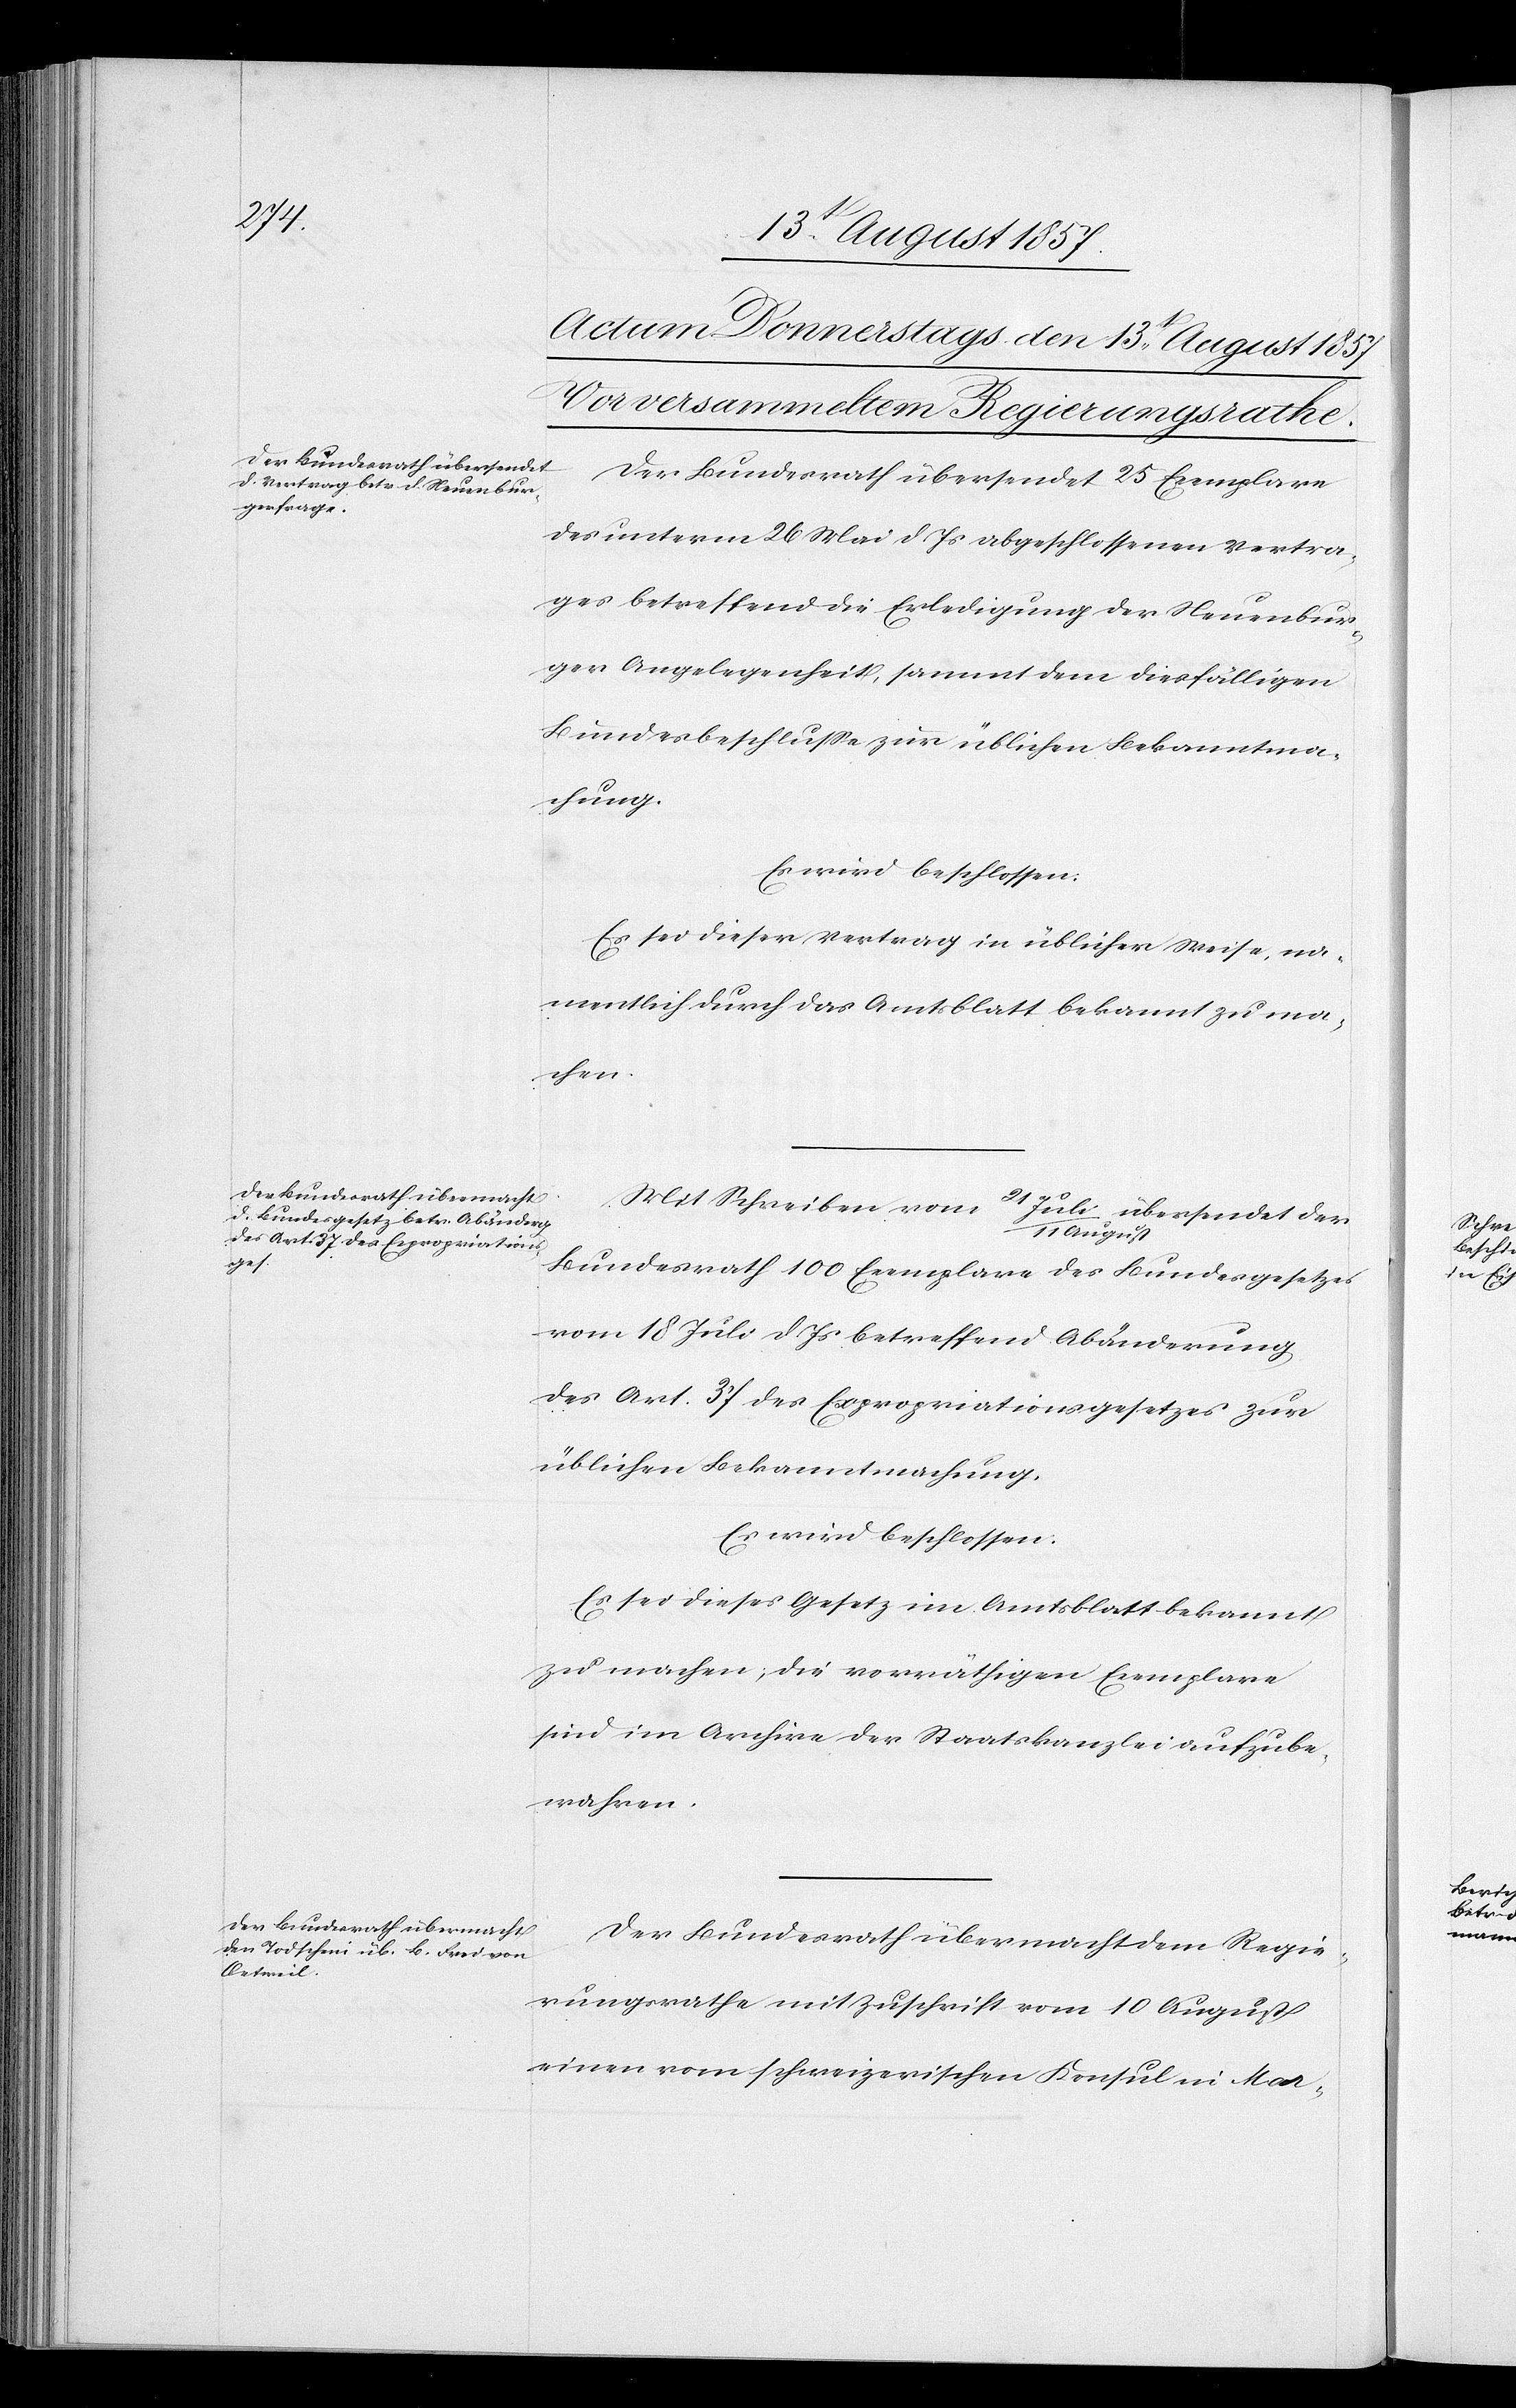
Der Bundesrath übersendet 25 Exemplare
des unterm 26 Mai d. Js. abgeschlossenen Vertra¬
ges betreffend die Erledigung der Neuenbur¬
ger Angelegenheit, sammt dem diesfälligen
Bundesbeschlusse zur üblichen Bekanntma¬
chung.
Es wird beschlossen:
Es sei dieser Vertrag in üblicher Weise, na¬
mentlich durch das Amtsblatt bekannt zu ma¬
chen.
Mit Schreiben vom 21 Juli/11 August übersendet der
Bundesrath 100 Exemplare des Bundesgesetzes
vom 18 Juli d. Js. betreffend Abänderung
des Art. 37 des Expropriationsgesetzes zur
üblichen Bekanntmachung.
Es wird beschlossen:
Es sei dieses Gesetz im Amtsblatt bekannt
zu machen, die vorräthigen Exemplare
sind im Archive der Staatskanzlei aufzube¬
wahren.
Der Bundesrath übermacht dem Regie¬
rungsrathe mit Zuschrift vom 10 August
einen vom schweizerischen Konsul in Mar-